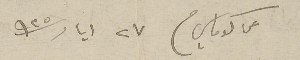
عن كوماسَي فى ٢٧ ايار سنة ٩٢٥